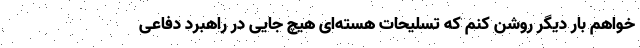
‌خواهم بار دیگر روشن کنم که تسلیحات هسته‌ای هیچ جایی در راهبرد دفاعی